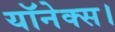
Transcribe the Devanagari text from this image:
यॉनेक्स।